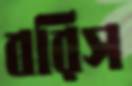
বরিস